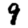
Digit: 9